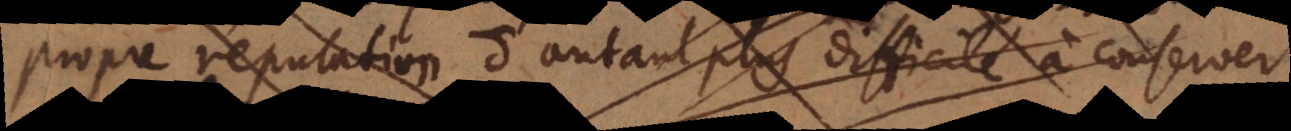
propre reputation d’autant plus difficile à conserver